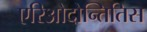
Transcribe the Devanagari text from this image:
एरिओदोन्तितिस